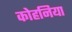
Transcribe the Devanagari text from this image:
कोहनिया